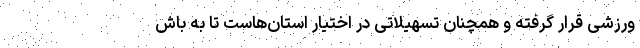
ورزشی قرار گرفته و همچنان تسهیلاتی در اختیار استان‌هاست تا به باش